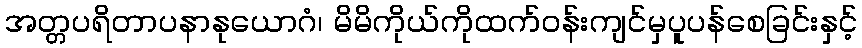
အတ္တပရိတာပနာနုယောဂံ၊ မိမိကိုယ်ကိုထက်ဝန်းကျင်မှပူပန်စေခြင်းနှင့်